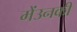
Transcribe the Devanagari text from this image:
मेंउनकी